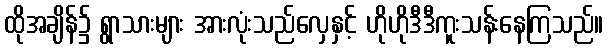
ထိုအချိန်၌ ရွာသားများ အားလုံးသည်လှေနှင့် ဟိုဟိုဒီဒီကူးသန်းနေကြသည်။